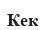
Кек